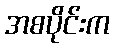
အစပိုင်းက